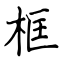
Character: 框